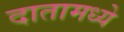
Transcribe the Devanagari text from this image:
दातामध्ये